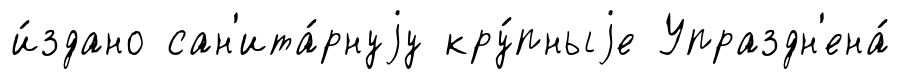
и́здано сан'ита́рнуjу кру́пныjе Упраздн'ена́